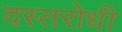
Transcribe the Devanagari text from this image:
दस्तरोधी